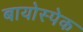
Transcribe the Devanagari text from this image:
बायोस्पेक